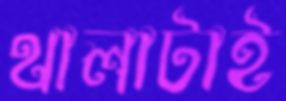
থালাটাই